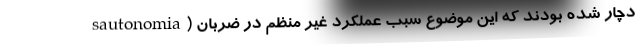
sautonomia) دچار شده بودند که این موضوع سبب عملکرد غیر منظم در ضربان